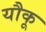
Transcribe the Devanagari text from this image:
यौकू